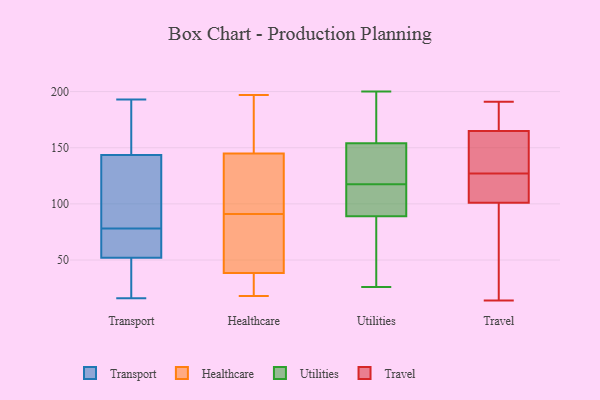
{"axis": {"x": "Population (Million)", "y": "Value"}, "legend": ["Healthcare", "Transport", "Travel", "Utilities"], "data": [{"x": "", "y": 46, "type": "Transport"}, {"x": "", "y": 130, "type": "Transport"}, {"x": "", "y": 16, "type": "Transport"}, {"x": "", "y": 193, "type": "Transport"}, {"x": "", "y": 157, "type": "Transport"}, {"x": "", "y": 83, "type": "Transport"}, {"x": "", "y": 73, "type": "Transport"}, {"x": "", "y": 67, "type": "Transport"}, {"x": "", "y": 65, "type": "Transport"}, {"x": "", "y": 41, "type": "Transport"}, {"x": "", "y": 115, "type": "Transport"}, {"x": "", "y": 192, "type": "Transport"}, {"x": "", "y": 169, "type": "Transport"}, {"x": "", "y": 28, "type": "Transport"}, {"x": "", "y": 83, "type": "Transport"}, {"x": "", "y": 58, "type": "Transport"}, {"x": "", "y": 37, "type": "Healthcare"}, {"x": "", "y": 197, "type": "Healthcare"}, {"x": "", "y": 55, "type": "Healthcare"}, {"x": "", "y": 97, "type": "Healthcare"}, {"x": "", "y": 18, "type": "Healthcare"}, {"x": "", "y": 91, "type": "Healthcare"}, {"x": "", "y": 27, "type": "Healthcare"}, {"x": "", "y": 114, "type": "Healthcare"}, {"x": "", "y": 183, "type": "Healthcare"}, {"x": "", "y": 43, "type": "Healthcare"}, {"x": "", "y": 155, "type": "Healthcare"}, {"x": "", "y": 44, "type": "Utilities"}, {"x": "", "y": 154, "type": "Utilities"}, {"x": "", "y": 200, "type": "Utilities"}, {"x": "", "y": 123, "type": "Utilities"}, {"x": "", "y": 159, "type": "Utilities"}, {"x": "", "y": 112, "type": "Utilities"}, {"x": "", "y": 128, "type": "Utilities"}, {"x": "", "y": 112, "type": "Utilities"}, {"x": "", "y": 89, "type": "Utilities"}, {"x": "", "y": 168, "type": "Utilities"}, {"x": "", "y": 146, "type": "Utilities"}, {"x": "", "y": 65, "type": "Utilities"}, {"x": "", "y": 26, "type": "Utilities"}, {"x": "", "y": 111, "type": "Utilities"}, {"x": "", "y": 89, "type": "Utilities"}, {"x": "", "y": 154, "type": "Utilities"}, {"x": "", "y": 78, "type": "Utilities"}, {"x": "", "y": 148, "type": "Utilities"}, {"x": "", "y": 191, "type": "Travel"}, {"x": "", "y": 133, "type": "Travel"}, {"x": "", "y": 123, "type": "Travel"}, {"x": "", "y": 106, "type": "Travel"}, {"x": "", "y": 101, "type": "Travel"}, {"x": "", "y": 150, "type": "Travel"}, {"x": "", "y": 187, "type": "Travel"}, {"x": "", "y": 190, "type": "Travel"}, {"x": "", "y": 125, "type": "Travel"}, {"x": "", "y": 14, "type": "Travel"}, {"x": "", "y": 129, "type": "Travel"}, {"x": "", "y": 165, "type": "Travel"}, {"x": "", "y": 27, "type": "Travel"}, {"x": "", "y": 73, "type": "Travel"}]}